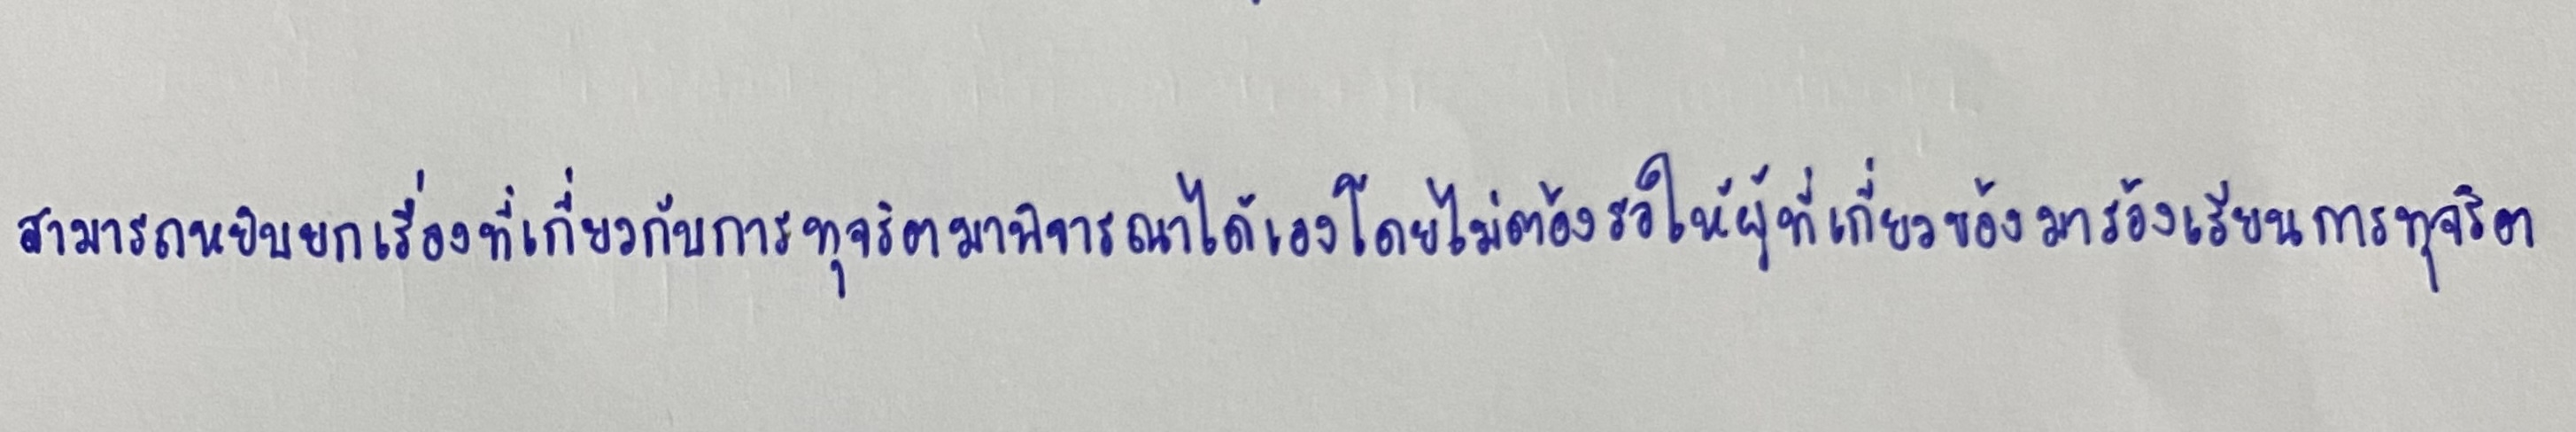
สามารถหยิบยกเรื่องที่เกี่ยวกับการทุจริตมาพิจารณาได้เองโดยไม่ต้องรอให้ผู้ที่เกี่ยวข้องมาร้องเรียนการทุจริต